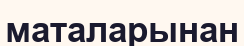
маталарынан